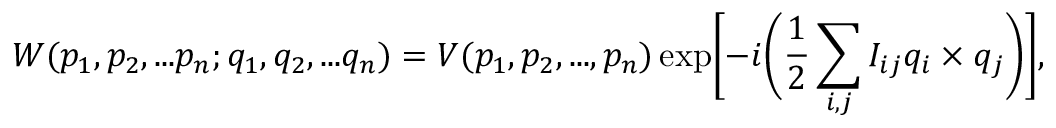
W ( p _ { 1 } , p _ { 2 } , . . . p _ { n } ; q _ { 1 } , q _ { 2 } , . . . q _ { n } ) = V ( p _ { 1 } , p _ { 2 } , . . . , p _ { n } ) \exp \biggl [ - i \biggl ( \frac { 1 } { 2 } \sum _ { i , j } I _ { i j } q _ { i } \times q _ { j } \biggr ) \biggr ] ,